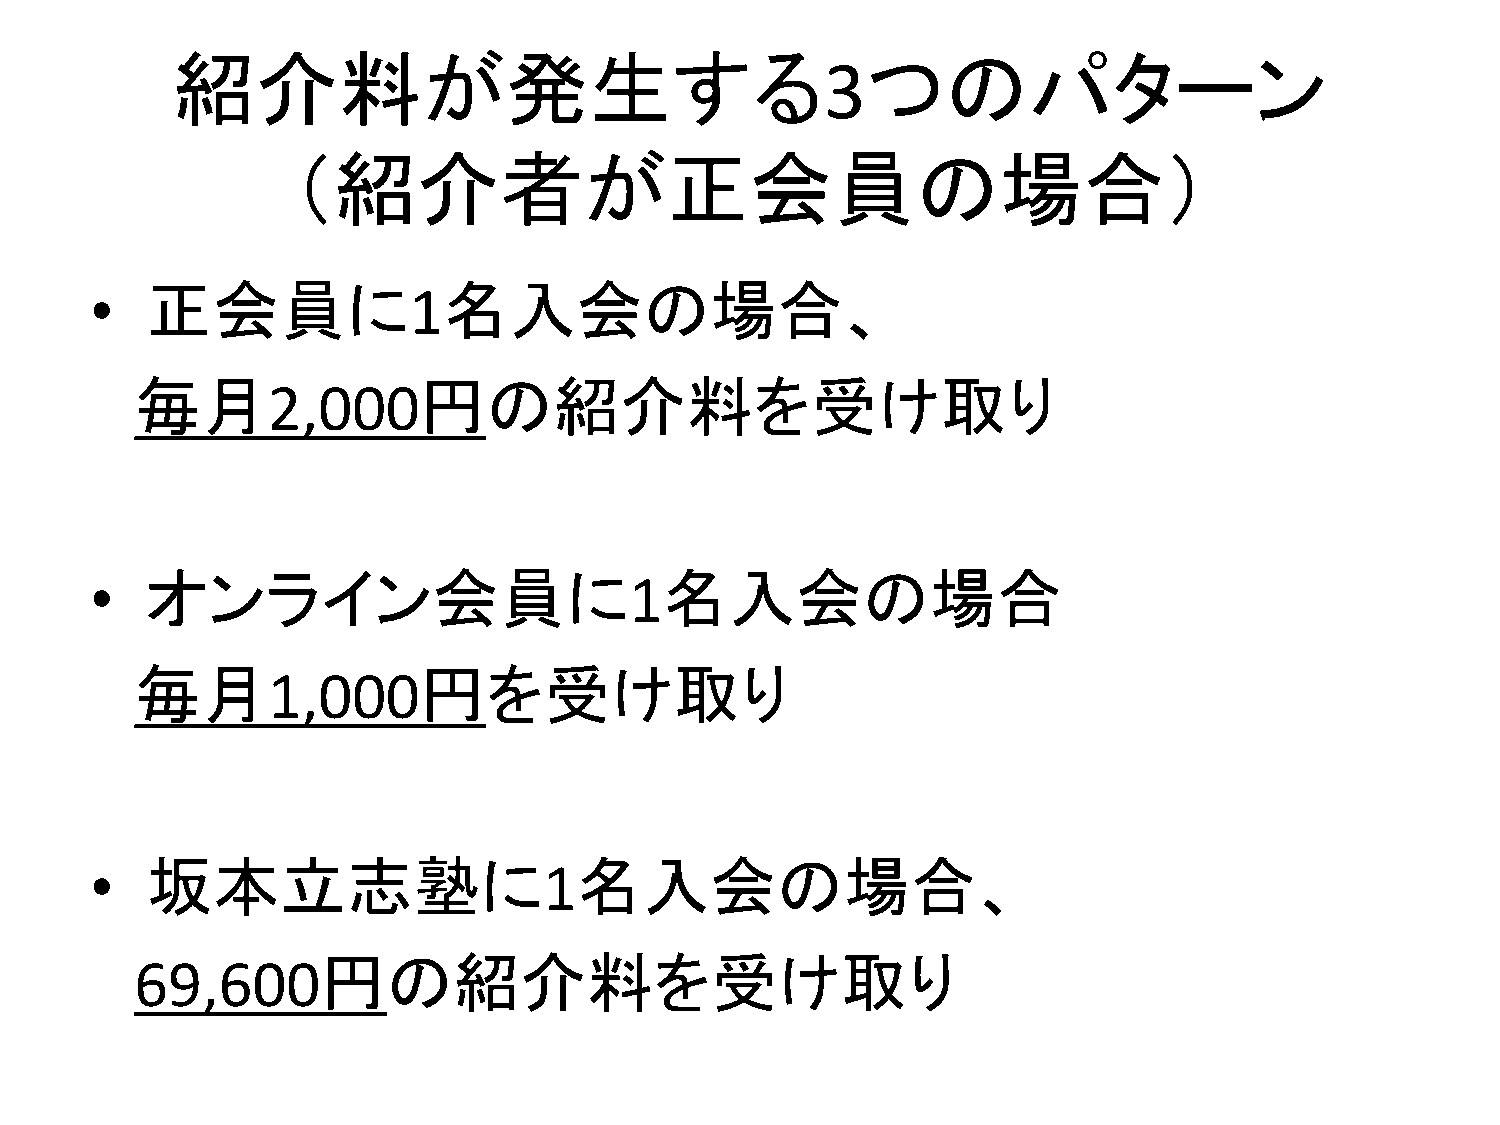
紹介料が発生する                                      つのパターン
 3
 （紹介者が正会員の場合）
 •   正会員に             1名入会の場合、
 毎月                 円の紹介料を受け取り
 2,000
 •   オンライン会員に                        1名入会の場合
 毎月                 円を受け取り
 1,000
 •   坂本立志塾に                    1名入会の場合、
 円の紹介料を受け取り
 69,600